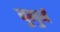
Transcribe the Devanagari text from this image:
बुगुर्ज